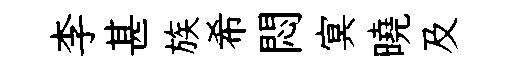
李甚族希悶㝠曉及